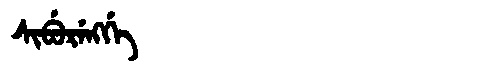
Manchu: ᠰᡳᠪᡠᡵᡝᠩᡤᡝ
Romanization: SIBURENGGE